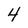
Character: 4